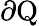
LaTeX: \partial\mathrm{Q}